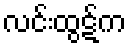
လင်းထွဋ်က